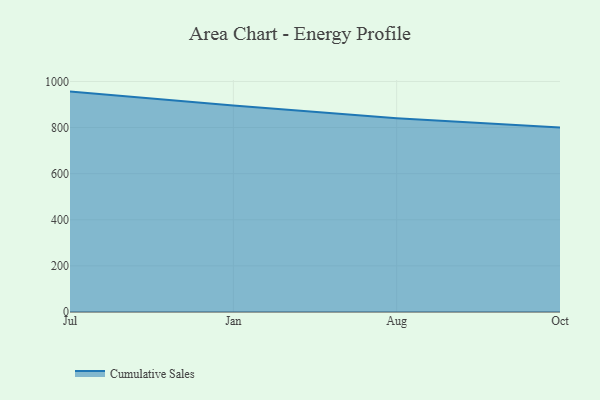
{"axis": {"x": "Month", "y": "Waste Production (Tons)"}, "legend": ["Cumulative Sales"], "data": [{"x": "Jul", "y": 956.0, "type": "Cumulative Sales"}, {"x": "Jan", "y": 895.4, "type": "Cumulative Sales"}, {"x": "Aug", "y": 840.9, "type": "Cumulative Sales"}, {"x": "Oct", "y": 800, "type": "Cumulative Sales"}]}